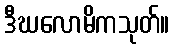
ဒီဃလောမိကသုတ်။